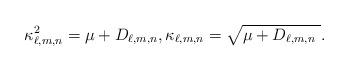
LaTeX: \begin{align*}\kappa _{\ell,m,n}^{2}=\mu +D_{\ell,m,n}, \kappa _{\ell,m,n}=\sqrt{\mu +D_{\ell,m,n} \ }.\end{align*}